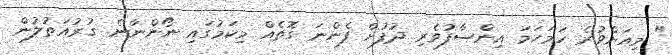
" މިއަށްވުރެ ހަމަހަމަ އިންސާފުވެރި ދުފުށް ފެންނަ ގޮތެއް މިކަމުގައި ނޯންނާނެ. ގުރުއަތުލުން